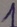
Text: 1